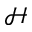
\mathcal { H }